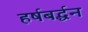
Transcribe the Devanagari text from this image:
हर्षबर्द्धन